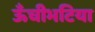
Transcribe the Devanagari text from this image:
ऊँचीभटिया